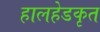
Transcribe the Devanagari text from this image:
हालहेडकृत